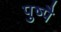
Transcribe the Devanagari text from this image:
पुष्पै